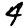
Digit: 4